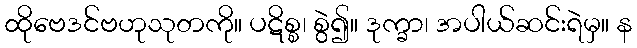
ထိုဗေဒင်ဗဟုသုတကို။ ပဋိစ္စ၊ စွဲ၍။ ဒုက္ခာ၊ အပါယ်ဆင်းရဲမှ။ န